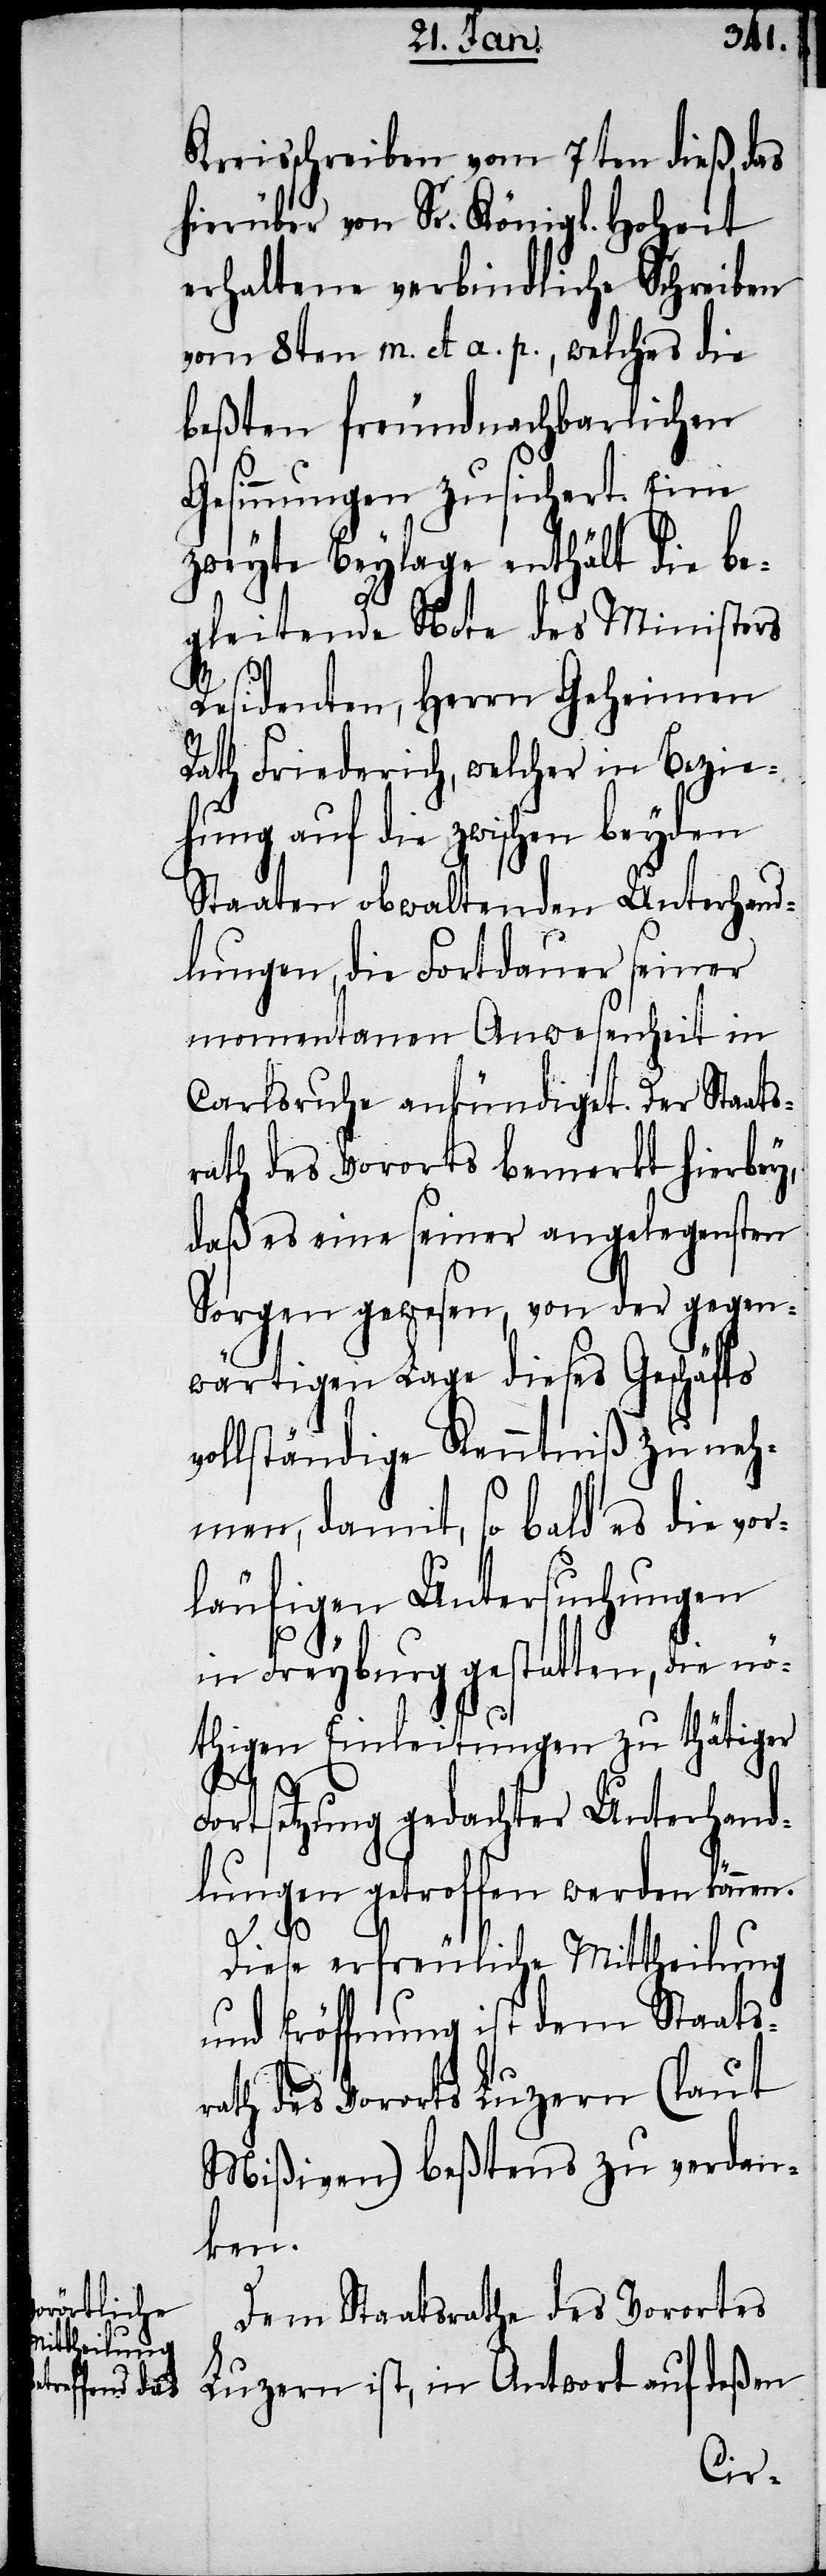
Kreisschreiben vom 7ten dieß, das
hierüber von Sr. Königl. Hoheit
erhaltene verbindliche Schreiben
vom 8ten m. et a. p., welches die
beßten freundnachbarlichen
Gesinnungen zusichert. Eine
zweyte Beylage enthält die be¬
gleitende Note des Ministers
Residenten, Herrn Geheimen
Rath Friederich, welcher in Bezie¬
hung auf die zwischen beyden
Staaten obwaltenden Unterhand¬
lungen, die Fortdauer seiner
momentanen Anwesenheit in
Carlsruhe ankündiget. Der Staats¬
rath des Vororts bemerkt hierbey,
daß es eine seiner angelegensten
Sorgen gewesen, von der gegen¬
wärtigen Lage dieses Geschäfts
vollständige Kenntniß zu neh¬
men, damit, so bald es die vor¬
läufigen Untersuchungen
in Freyburg gestatten, die nö¬
thigen Einleitungen zu thätiger
Fortsetzung gedachter Unterhand¬
lungen getroffen werden können.
Diese erfreuliche Mittheilung
und Eröffnung ist dem Staats¬
rath des Vororts Luzern (lt.
Mißiven) beßtens zu verdan¬
ken.
Dem Staatsrathe des Vorortes
Luzern ist, in Antwort auf deßen